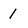
Character: I